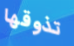
تذوقها